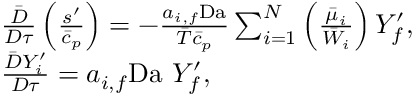
\begin{array} { r l } & { \frac { \bar { D } } { D \tau } \left( \frac { s ^ { \prime } } { \bar { c } _ { p } } \right) = - \frac { a _ { i , f } \mathrm { D a } } { \bar { T } \bar { c } _ { p } } \sum _ { i = 1 } ^ { N } \left( \frac { \bar { \mu } _ { i } } { \bar { W } _ { i } } \right) Y _ { f } ^ { \prime } , } \\ & { \frac { \bar { D } Y _ { i } ^ { \prime } } { D \tau } = a _ { i , f } \mathrm { D a } ~ Y _ { f } ^ { \prime } , } \end{array}